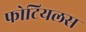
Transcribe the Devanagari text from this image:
फोटियलस